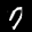
Label: 7